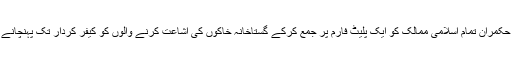
علماء نے کہا کہ ہمارے حکمران تمام اسلامی ممالک کو ایک پلیٹ فارم پر جمع کرکے گستاخانہ خاکوں کی اشاعت کرنے والوں کو کیفر کردار تک پہنچانے کے لئے کردار ادا کریں۔